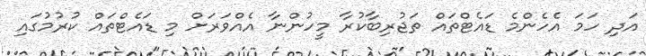
އަދި ހަމަ އެހެންމެ ޑައެޓްތައް ތަޖުރިބާކުރާ މީހުންނާ އެއްވަރަށް މި ޑައެޓްތައް ކުރުމުގައި